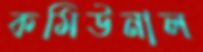
কমিউনাল